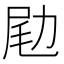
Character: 𠡨